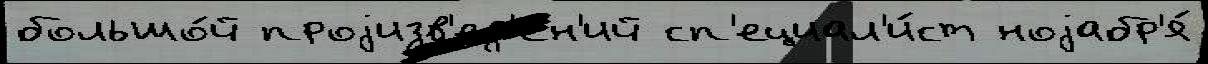
большо́й проjизв'ед'е́н'ий сп'ециал'и́ст ноjабр'я́